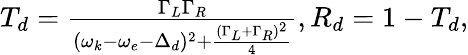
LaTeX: \begin{array}{r}{T_{d}=\frac{\Gamma_{L}\Gamma_{R}}{(\omega_{k}-\omega_{e}-\Delta_{d})^{2}+\frac{(\Gamma_{L}+\Gamma_{R})^{2}}{4}},R_{d}=1-T_{d},}\end{array}